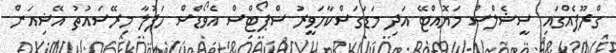
ގްރޫޕެއްގައި ސީޝެލްސް މަޔޮއްޓޭ އަދި މަޑަަގަސްކާހަވީރު ސްޕޯޓްސް އެވޯޑްސް ހަފުލާ މިރޭސައުތު އޭޝިއަން